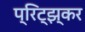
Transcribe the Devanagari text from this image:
प्रिट्झ्कर